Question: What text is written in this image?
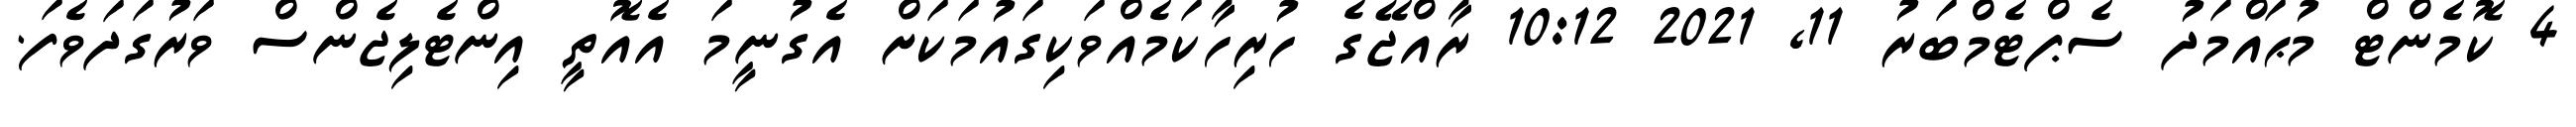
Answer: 4 ކޮމެންޓް މުޙައްމަދު ސެޕްޓެމްބަރު 11, 2021 10:12 ރާއްޖޭގެ ހުރިހާކަމެއްވަކިގައުމަކަށް އެގުނީމަ އެއޮތީ އިންޓެލިޖެންސް ވަރުގަދަވެފަ.